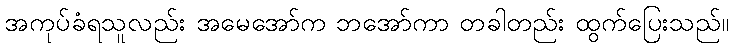
အကုပ်ခံရသူလည်း အမေအော်က ဘအော်ကာ တခါတည်း ထွက်ပြေးသည်။